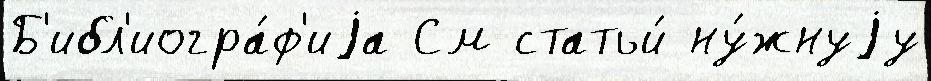
Б'ибл'иогра́ф'иjа См статьи́ ну́жнуjу